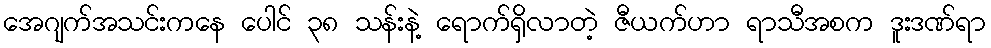
အေဂျက်အသင်းကနေ ပေါင် ၃၈ သန်းနဲ့ ရောက်ရှိလာတဲ့ ဇီယက်ဟာ ရာသီအစက ဒူးဒဏ်ရာ